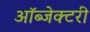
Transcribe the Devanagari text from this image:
ऑब्जेक्टरी